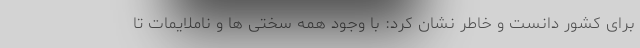
برای کشور دانست و خاطر نشان کرد: با وجود همه سختی ها و ناملایمات تا